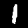
Digit: 1